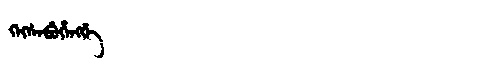
Manchu: ᡴᡝᡴᠰᡝᠪᡠᡥᡝᠩᡤᡝ
Romanization: KEKSEBUHENGGE